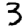
Digit: 3